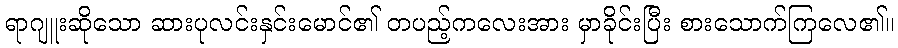
ရာဂျူးဆိုသော ဆားပုလင်းနှင်းမောင်၏ တပည့်ကလေးအား မှာခိုင်းပြီး စားသောက်ကြလေ၏။